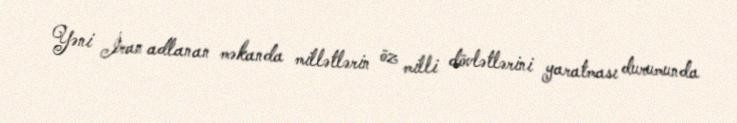
Yəni İran adlanan məkanda millətlərin öz milli dövlətlərini yaratması durumunda